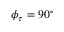
\phi _ { \tau } = 9 0 ^ { \circ }